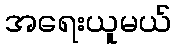
အရေးယူမယ်